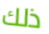
ذلك